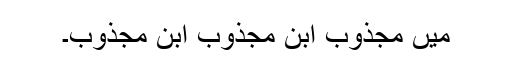
میں مجذوب ابنِ مجذوب ابنِ مجذوب۔